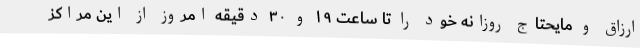
ارزاق و مایحتاج روزانه خود را تا ساعت ۱۹ و ۳۰ دقیقه امروز از این مراکز